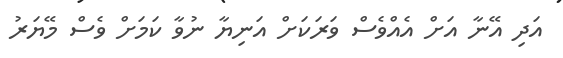
އަދި އޭނާ އަށް އެއްވެސް ވަރަކަށް އަނިޔާ ނުވާ ކަމަށް ވެސް މޭޔަރު